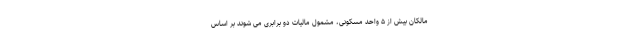
مالکان بیش از ۵ واحد مسکونی، مشمول مالیات دو برابری می ‌شوند بر اساس